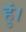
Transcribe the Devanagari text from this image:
हुं।